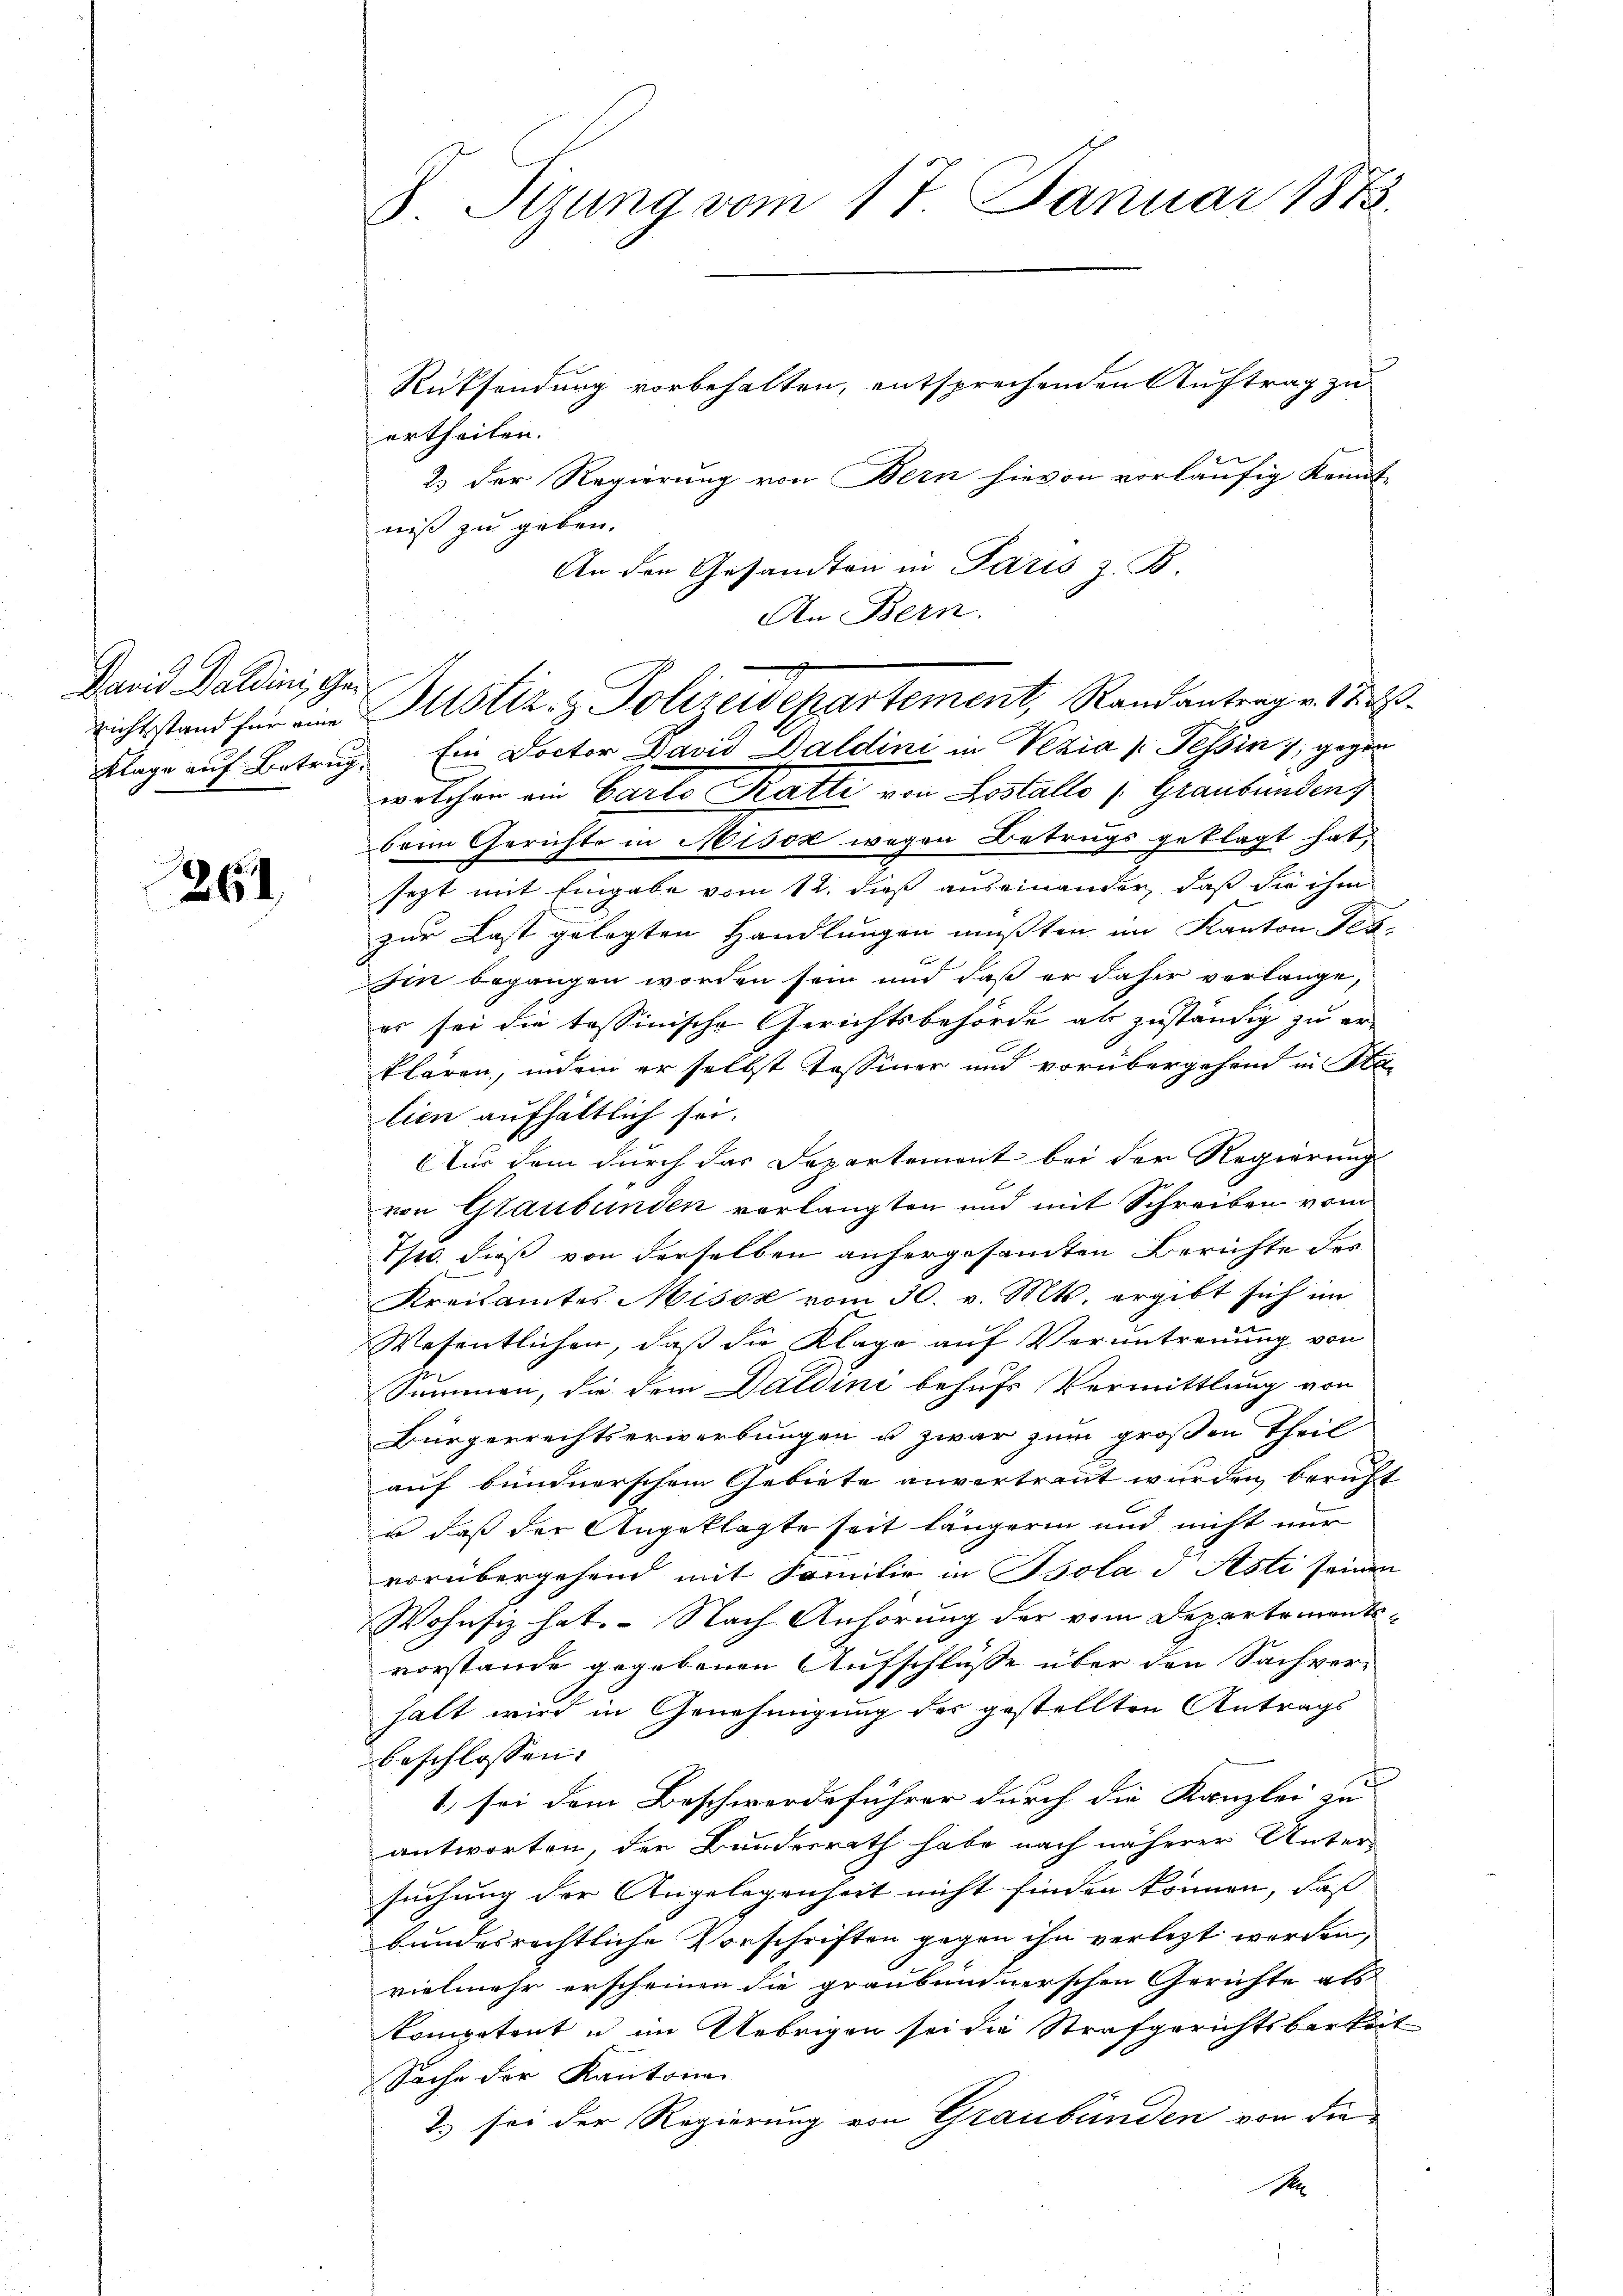
Janis Daldini, Genichtstand für eine

261

S. Tizung vom 17. Januar 1873.

Rücksendung vorbehalten, entsprechenden Auftrag zu
ertheilen.
2) der Regierung von Bern hievon vorläufig Kennt-
niß zu geben.
An den Gesandten in Paris, z. B.
An Bern.
Klage auf Betrug. Ein Doctor David Daldini in Vizia (Tessin 7, gegen
welchen ein Carto Katti von Lostalle (Graubünden
beim Gerichte in Misok wegen Betrugs geklagt hat,
sezt mit Eingabe vom 12. dieß auseinander, daß die ihm
zur Last gelegten Handlungen mußten im Kanton Ter-
sin begangen worden sein und daß er daher verlange,
es sei die tessinische Gerichtsbehörde als zuständig zu er-
klären, indem er selbst Tessiner und vorübergehend in Sta-
tien aufhältlich sei.
Aus dem durch das Departement bei der Regierung
von Glaubenden vorlangten und mit Schreiben vom
Ts. dieß von derselben anhergesamten Berichte des
Kreisamtes Misox vom 30. v. Mts. ergibt sich im
Wesentlichen, daß die Klage auf Veruntreuung von
Summen, die dem Daldini behufs Vermittlung von
Bürgerrechtserwerbungen u zwar zum großen Theil
auf bundnerschem Gebiete anvertraut wurden, beruft
o daß der Angeklagte seit längeren und nicht nur
vorübergehend mit Familie in Bolae Asti seinen
Wohnsiz hat. - Nach Anhörung der vom Departements-
vorstande gegebenen Aufschlüsse über den Sachvor-
halt wird in Genehmigung des gestellten Antrags
beschlossen:
1. sei dem Beschwerdeführer durch die Kanzlei zu
antworten, der Bundesrath habe nach näherer Unter-
suchung der Angelegenheit nicht finden können, daß
bundesrechtliche Vorschriften gegen ihn verletzt werden,
vielmehr erscheinen die graubündnerschen Gerichte als
kompetent u im Uebrigen sei die Strafgerichtsbarkeit
Sache der Kantone
2) sei der Regierung von Graubünden von die
S

Bustiz- & Polizeisepartement, Randantrag v. 18